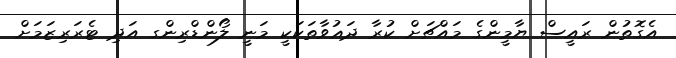
އެގޮތުން ރައީސް ޔާމީންގެ މައްޗަށް ކުރާ ދަޢުވާތަކަކީ މަނީ ލޯންޑްރިންގ އަދި ޓެރަރިޒަމަށް